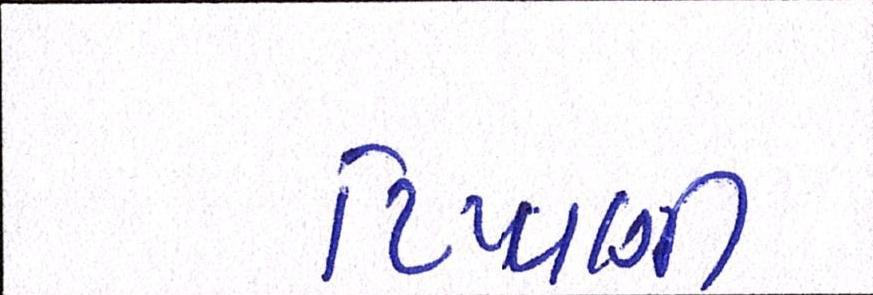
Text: ટિપ્પણી